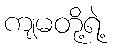
ကျမတို့ရဲ့